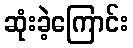
ဆုံးခဲ့ကြောင်း